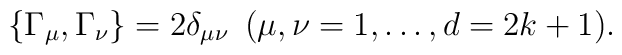
\{\Gamma_{\mu} ,\Gamma_{\nu} \}=2\delta_{\mu\nu}\hspace{0.2cm}(\mu,\nu=1,\ldots,d=2k+1).